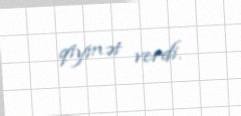
qiymət verdi.